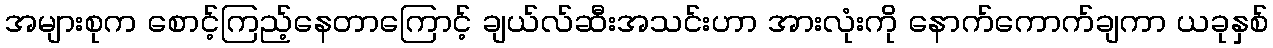
အများစုက စောင့်ကြည့်နေတာကြောင့် ချယ်လ်ဆီးအသင်းဟာ အားလုံးကို နောက်ကောက်ချကာ ယခုနှစ်